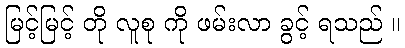
မြင့်မြင့် တို လူစု ကို ဖမ်းလာ ခွင့် ရသည် ။